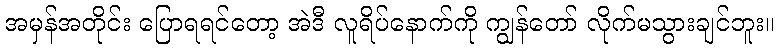
အမှန်အတိုင်း ပြောရရင်တော့ အဲဒီ လူရိပ်နောက်ကို ကျွန်တော် လိုက်မသွားချင်ဘူး။